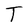
Character: T